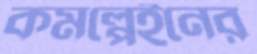
কমপ্লেইনের